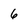
Character: 6